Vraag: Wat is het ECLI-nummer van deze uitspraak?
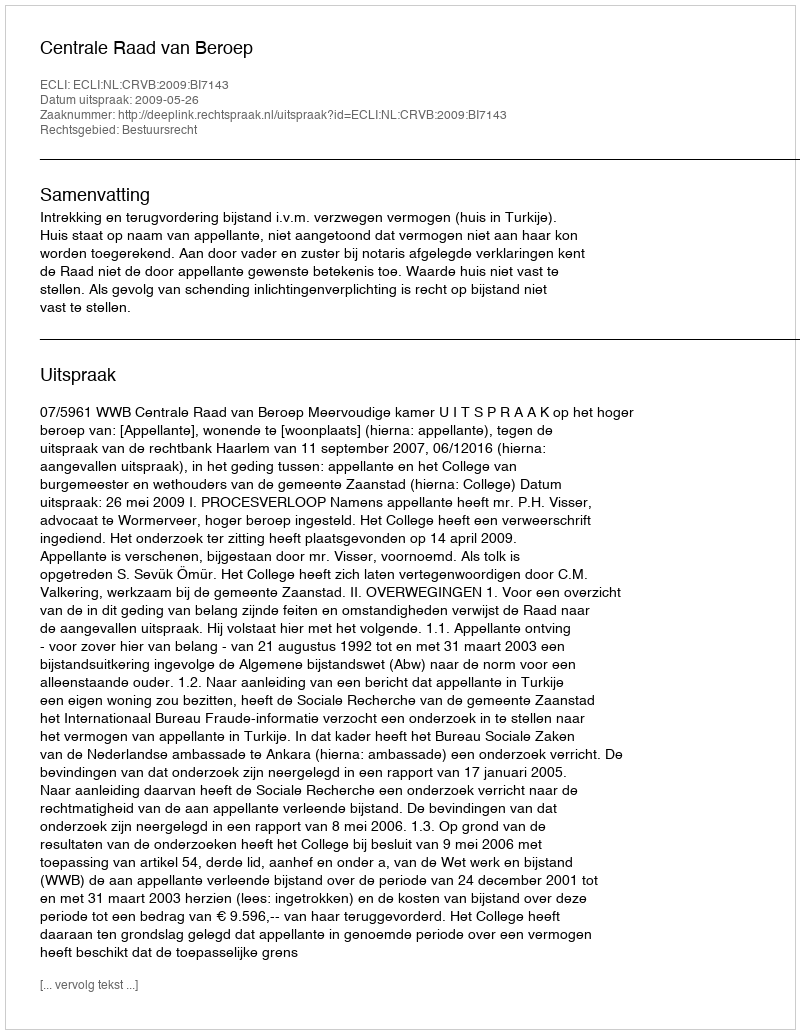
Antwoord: ECLI:NL:CRVB:2009:BI7143